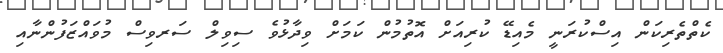
ކެތްތެރިކަން އިސްކުރަނީ މެއިޑޭ ކުރިއަށް އޮތުމުން ކަމަށް ވިދާޅުވެ ސިވިލް ސަރވިސް މުވައްޒަފުންނާއި